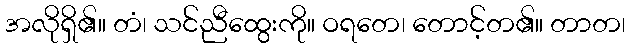
အလိုရှိ၏။ တံ၊ သင်ညီထွေးကို။ ဝရတေ၊ တောင့်တ၏။ တာတ၊